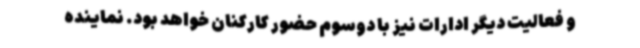
و فعالیت دیگر ادارات نیز با دوسوم حضور کارکنان خواهد بود. نماینده